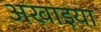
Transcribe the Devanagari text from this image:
अखाइया